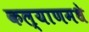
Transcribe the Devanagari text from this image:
कल्याणमधे